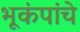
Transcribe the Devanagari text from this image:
भूकंपांचे